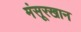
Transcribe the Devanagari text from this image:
मंसूरखान